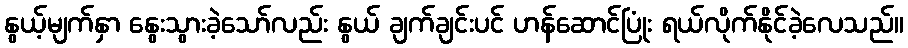
နွယ့်မျက်နှာ နွေးသွားခဲ့သော်လည်း နွယ် ချက်ချင်းပင် ဟန်ဆောင်ပြုံး ရယ်လိုက်နိုင်ခဲ့လေသည်။